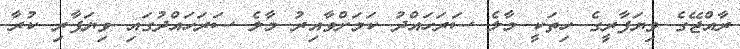
ރާއްޖޭގެ ވިޔަފާރީގެ ހިތަކީ މާލެ ސަރަހައްދު ކަމަށްވާއިރު މާލެ ސަރަހައްދުގައި ވިޔަފާރި ކުރާ